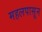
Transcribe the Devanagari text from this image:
महलपासून